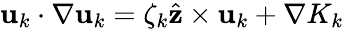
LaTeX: {\mathbf u}_{k}\cdot\nabla{\mathbf u}_{k}=\zeta_{k}\hat{\mathbf{z}}\times{\mathbf u}_{k}+\nabla K_{k}